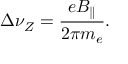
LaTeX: \Delta \nu _ { Z } = \frac { e B _ { \parallel } } { 2 \pi m _ { e } } .